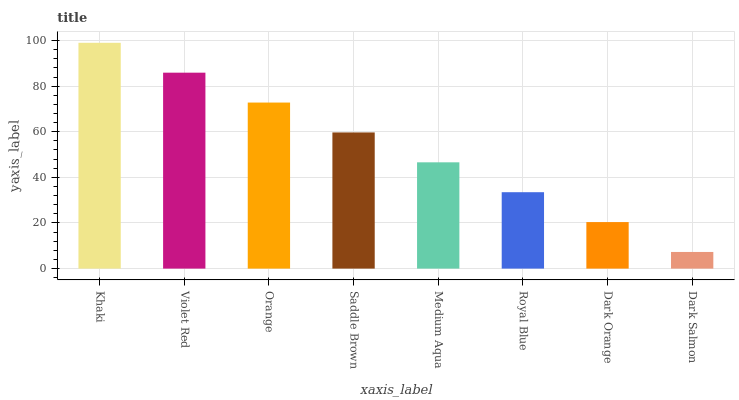
| xaxis_label | bars |
 | --- | --- |
 | Khaki | 99 |
 | Violet Red | 85.9 |
 | Orange | 72.8 |
 | Saddle Brown | 59.7 |
 | Medium Aqua | 46.6 |
 | Royal Blue | 33.5 |
 | Dark Orange | 20.4 |
 | Dark Salmon | 7.3 |